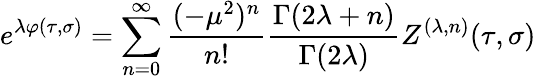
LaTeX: e^{\lambda\varphi(\tau,\sigma)}=\sum_{n=0}^{\infty}\frac{(-\mu^{2})^{n}}{n!}\frac{\Gamma(2\lambda+n)}{\Gamma(2\lambda)}Z^{(\lambda,n)}(\tau,\sigma)